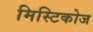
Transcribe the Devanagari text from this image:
मिस्टिकोज